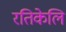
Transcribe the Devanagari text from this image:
रतिकेलि